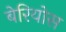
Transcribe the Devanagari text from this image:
बेरियोस